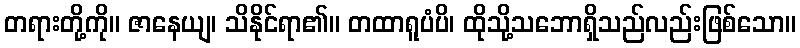
တရားတို့ကို။ ဇာနေယျ၊ သိနိုင်ရာ၏။ တထာရူပံပိ၊ ထိုသို့သဘောရှိသည်လည်းဖြစ်သော။